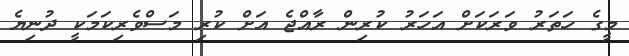
މީގެ ހަތަރު ވަރަކަށް އަހަރު ކުރިން ރާއްޖެ އަށް ކުރި މަސްވެރިކަމަކީ ދުނިޔެ